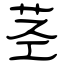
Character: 茎